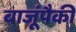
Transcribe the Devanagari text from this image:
बाजूंपैकी